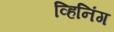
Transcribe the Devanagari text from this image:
व्हिनिंग